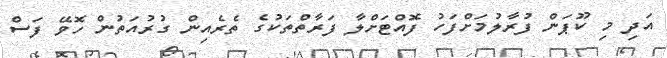
އަދި މި ކޫޕަން ފުރާލުމަށްފަހު ފޮއްޓަށްލާ ފަރާތްތަކުގެ ތެރެއިން ގުރުއަތުން ހޮވޭ ފަސް